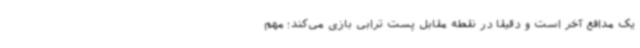
یک مدافع آخر است و دقیقا در نقطه مقابل پست ترابی بازی می‌کند؛ مهم